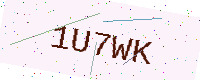
Text: 1U7WK